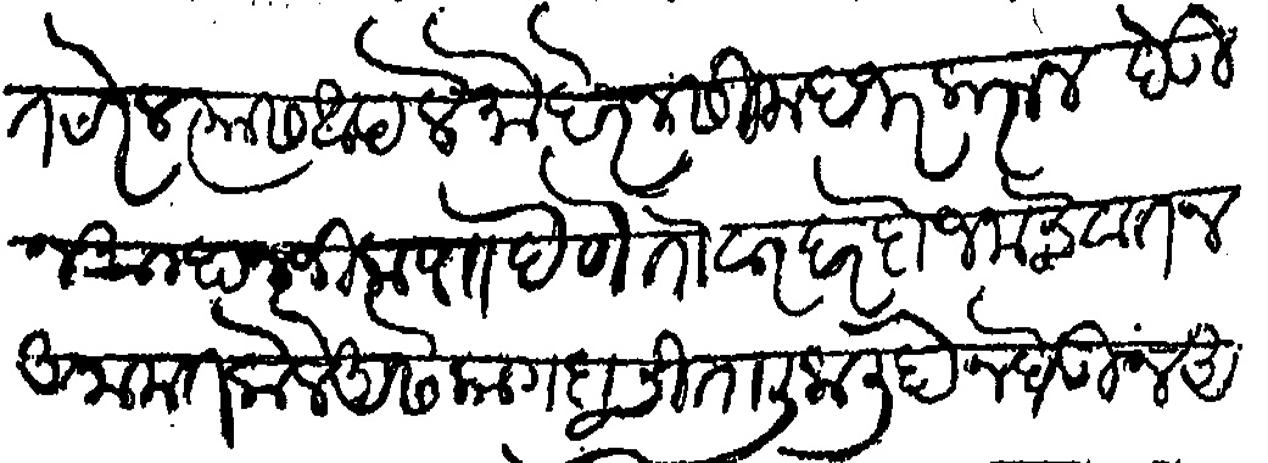
Transliteration (Devanagari): वृतीवत ठरेल त्यास आपले मोहरेनसी हजर करून देऊन आम्हा नजिक पाा देणे तोवर हर दो जनाचे वतन अनामत केले असे कागदाची तालीक लिहोन घेऊन असल